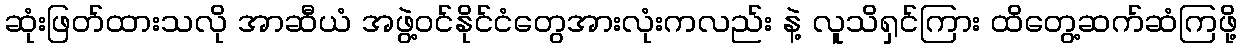
ဆုံးဖြတ်ထားသလို အာဆီယံ အဖွဲ့ဝင်နိုင်ငံတွေအားလုံးကလည်း နဲ့ လူသိရှင်ကြား ထိတွေ့ဆက်ဆံကြဖို့